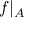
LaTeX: f \vert _ { A }